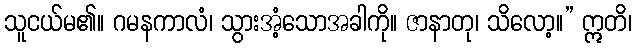
သူငယ်မ၏။ ဂမနကာလံ၊ သွားအံ့သောအခါကို။ ဇာနာတု၊ သိလော့။” ဣတိ၊